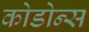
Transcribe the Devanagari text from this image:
कोडोन्स